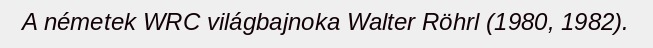
A németek WRC világbajnoka Walter Röhrl (1980, 1982).